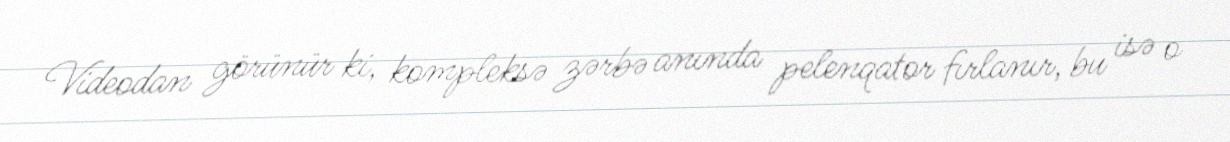
Videodan görünür ki, kompleksə zərbə anında pelenqator fırlanır, bu isə o